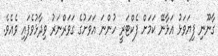
ގާނޫނި ފިޔަވަޅު އަޅާނޭ ކަމަށް ފެކްޓަރީ ހުންނަ އަވަށުގެ ގަވަރްނަރު ވިދާޅުވެފައި ވެއެވެ.